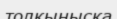
толқынысқа